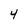
Character: 4